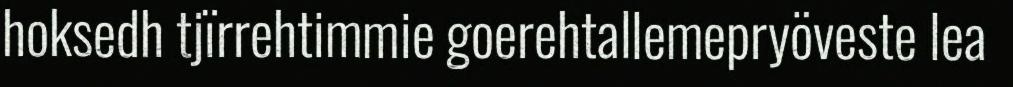
hoksedh tjïrrehtimmie goerehtallemepryöveste lea